Annual report of the Imperial Bacteriologist
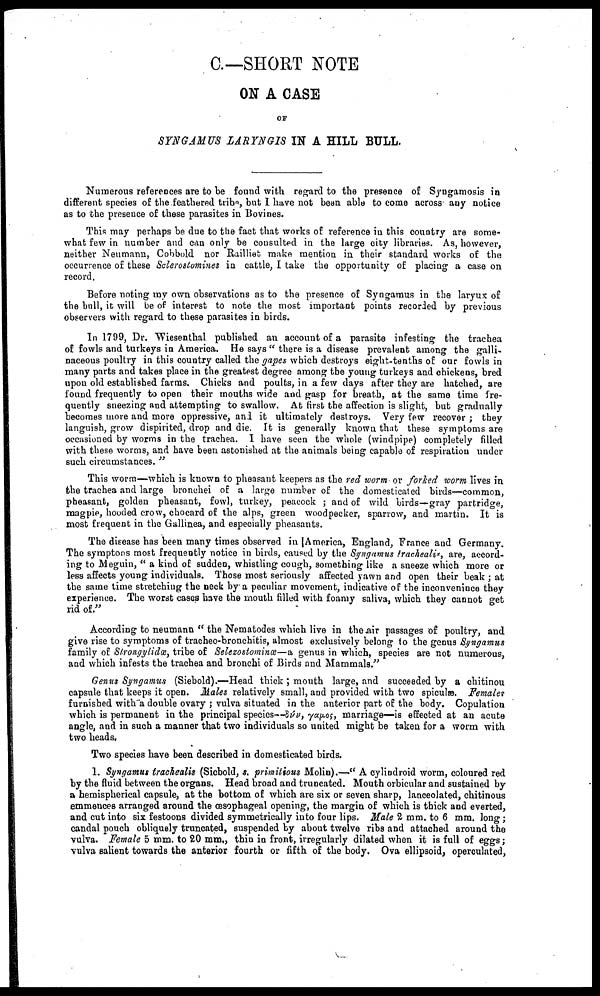
C.—SHORT NOTE
ON A CASE
OF
SYNGAMUS LARYNGIS IN A HILL BULL.
Numerous references are to be found with regard to the presence of Syngamosis in
different species of the feathered tribe, but I have not been able to come across any notice
as to the presence of these parasites in Bovines.
This may perhaps be due to the fact that works of reference in this country are some-
what few in number and can only be consulted in the large city libraries. As, however,
neither Neumann, Cobbold nor Railliet make mention in their standard works of the
occurrence of these Sclerostomines in cattle, I take the opportunity of placing a case on
record.
Before noting my own observations as to the presence of Syngamus in the laryux of
the bull, it will be of interest to note the most important points recorded by previous
observers with regard to these parasites in birds.
In 1799, Dr. Wiesenthal published an account of a parasite infesting the trachea
of fowls and turkeys in America. He says " there is a disease prevalent among the galli-
naceous poultry in this country called the gapes which destroys eight-tenths of our fowls in
many parts and takes place in the greatest degree among the young turkeys and chickens, bred
upon old established farms. Chicks and poults, in a few days after they are hatched, are
found frequently to open their mouths wide and gasp for breath, at the same time fre-
quently sneezing and attempting to swallow. At first the affection is slight, but gradually
becomes more and more oppressive, and it ultimately destroys. Very few recover ; they
languish, grow dispirited, drop and die. It is generally known that these symptoms are
occasioned by worms in the trachea. I have seen the whole (windpipe) completely filled
with these worms, and have been astonished at the animals being capable of respiration under
such circumstances. "
This worm—which is known to pheasant keepers as the red worm or forked worm lives in
the trachea and large bronchei of a large number of the domesticated birds—common,
pheasant, golden pheasant, fowl, turkey, peacock ; and of wild birds—gray partridge,
magpie, hooded crow, chocard of the alps, green woodpecker, sparrow, and martin. It is
most frequent in the Gallinea, and especially pheasants.
The disease has been many times observed in America, England, France and Germany.
The symptons most frequently notice in birds, caused by the Syngamus trachealis, are, accord-
ing to Meguin, " a kind of sudden, whistling cough, something like a sneeze which more or
less affects young individuals. Those most seriously affected yawn and open their beak ; at
the same time stretching the neck by a peculiar movement, indicative of the inconvenince they
experience. The worst cases have the mouth filled with foamy saliva, which they cannot get
rid of."
According to neumann " the Nematodes which live in the air passages of poultry, and
give rise to symptoms of tracheo-bronchitis, almost exclusively belong to the genus Syngamus
family of Strongylidœ, tribe of Selezostominœ—a genus in which, species are not numerous,
and which infests the trachea and bronchi of Birds and Mammals."
Genus Syngamus (Siebold).—Head thick ; mouth large, and succeeded by a chitinou
capsule that keeps it open. Males relatively small, and provided with two spiculæ. Females
furnished with a double ovary ; vulva situated in the anterior part of the body. Copulation
which is permanent in the principal species—δύu, γaµos, marriage—is effected at an acute
angle, and in such a manner that two individuals so united might be taken for a worm with
two heads.
Two species have been described in domesticated birds.
1. Syngamus trachealis (Sicbold, s. primitious Molin).—" A cylindroid worm, coloured red
by the fluid between the organs. Head broad and truncated. Mouth orbicular and sustained by
a hemispherical capsule, at the bottom of which are six or seven sharp, lanceolated, chitinous
emmences arranged around the œsophageal opening, the margin of which is thick and everted,
and cut into six festoons divided symmetrically into four lips. Male 2 mm. to 6 mm. long;
candal pouch obliquely truncated, suspended by about twelve ribs and attached around the
vulva. Female 5 mm. to 20 mm., thin in front, irregularly dilated when it is full of eggs;
vulva salient towards the anterior fourth or fifth of the body. Ova ellipsoid, operculated,